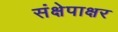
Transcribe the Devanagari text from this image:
संक्षेपाक्षर